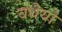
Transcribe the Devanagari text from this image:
वधेयो